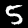
Digit: 5